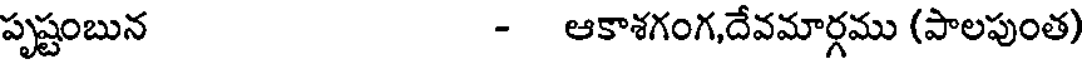
పృష్టంబున - ఆకాశగంగ,దేవమార్గము (పాలపుంత)